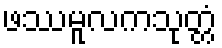
ဖဿမူလကသုတ္တံ